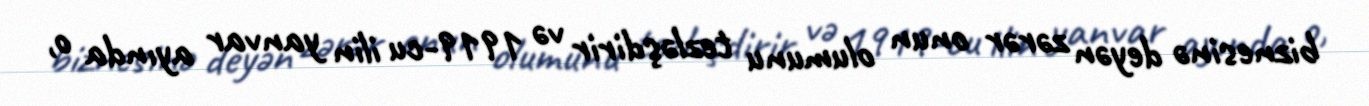
biznesinə deyən zərər onun olumunu tezləşdirir və 1919-cu ilin yanvar ayında o,